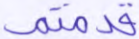
قدمتم